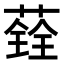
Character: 𦼂